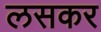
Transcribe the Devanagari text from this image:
लसकर